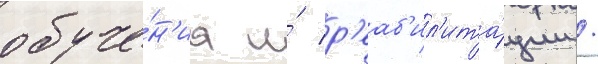
обуче́н'иа и́ р'еаб'ил'ита́ции /